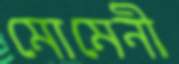
মোমেনী